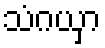
သံဂယှာ